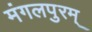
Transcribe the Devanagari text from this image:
मंगलपुरम्